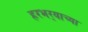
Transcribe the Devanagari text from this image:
हरभर्‍याच्या